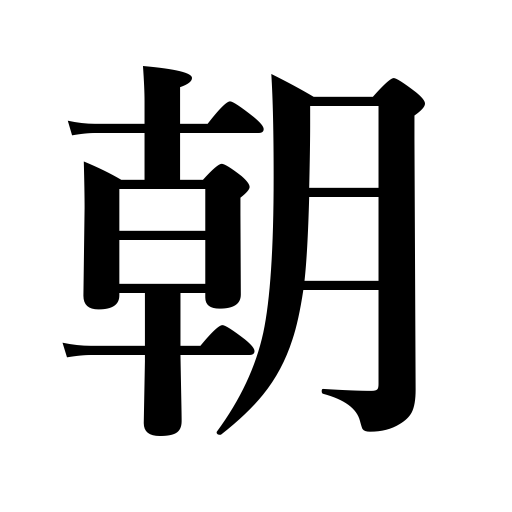
Meanings: morning,dynasty,regime,period,reign,the court,epoch,forenoon